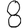
Digit: 8